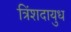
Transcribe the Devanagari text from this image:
त्रिंशदायुध